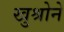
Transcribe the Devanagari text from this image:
खुश्रोने